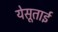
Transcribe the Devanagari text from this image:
येसूताई